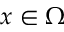
x \in \Omega